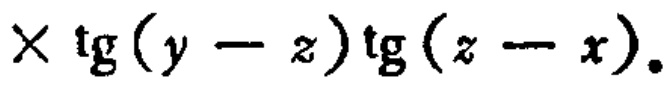
\times \tg(y - z)\tg(z - x).